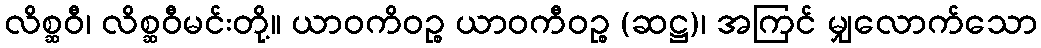
လိစ္ဆဝီ၊ လိစ္ဆဝီမင်းတို့။ ယာဝကိဝဉ္စ ယာဝကီဝဉ္စ (ဆဋ္ဌ)၊ အကြင် မျှလောက်သော